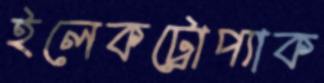
ইলেকট্রোপ্যাক